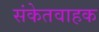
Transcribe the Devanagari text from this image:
संकेतवाहक